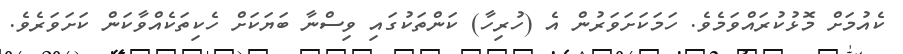
ކެއުމަށް މޮޅުކުރައްވަމެވެ. ހަމަކަށަވަރުން އެ (ހުރިހާ) ކަންތަކުގައި ވިސްނާ ބަޔަކަށް ހެކިތަކެއްވާކަން ކަށަވަރެވެ.